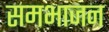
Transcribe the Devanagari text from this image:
समभाजन